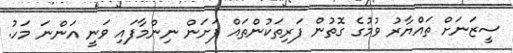
ސީޒަނަށް ތައްޔާރު ވުމުގެ ގޮތުން ފަރިތަކުންތައް ފަށަން ނިންމާފައި ވަނީ އަންނަ މަހު.